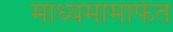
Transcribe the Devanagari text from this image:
माध्यमामार्फत